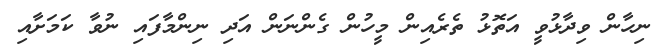
ނިހާން ވިދާޅުވީ އަތޮޅު ތެރެއިން މީހުން ގެންނަން އަދި ނިންމާފައި ނުވާ ކަމަށާއި